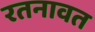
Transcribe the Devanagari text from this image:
रतनावत